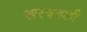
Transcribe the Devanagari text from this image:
खरवडली